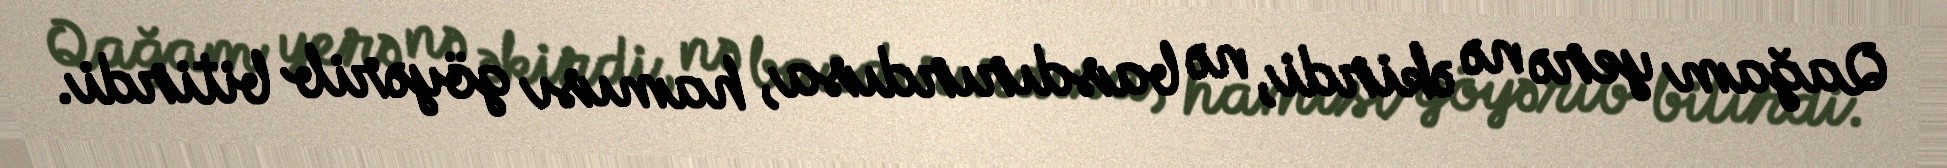
Qağam yerə nə əkirdi, nə basdırırdısa, hamısı göyərib bitirdi.